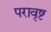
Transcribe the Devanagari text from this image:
परावृष्ट